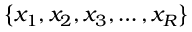
\left\{ x _ { 1 } , x _ { 2 } , x _ { 3 } , \dots , x _ { R } \right\}